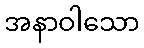
အနာဝါသော